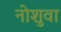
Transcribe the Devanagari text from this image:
नोशुवा